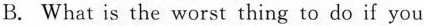
B. What is the worst thing to do if you